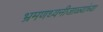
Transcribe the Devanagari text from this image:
भ्रमणध्वनीजाळ्यांच्या